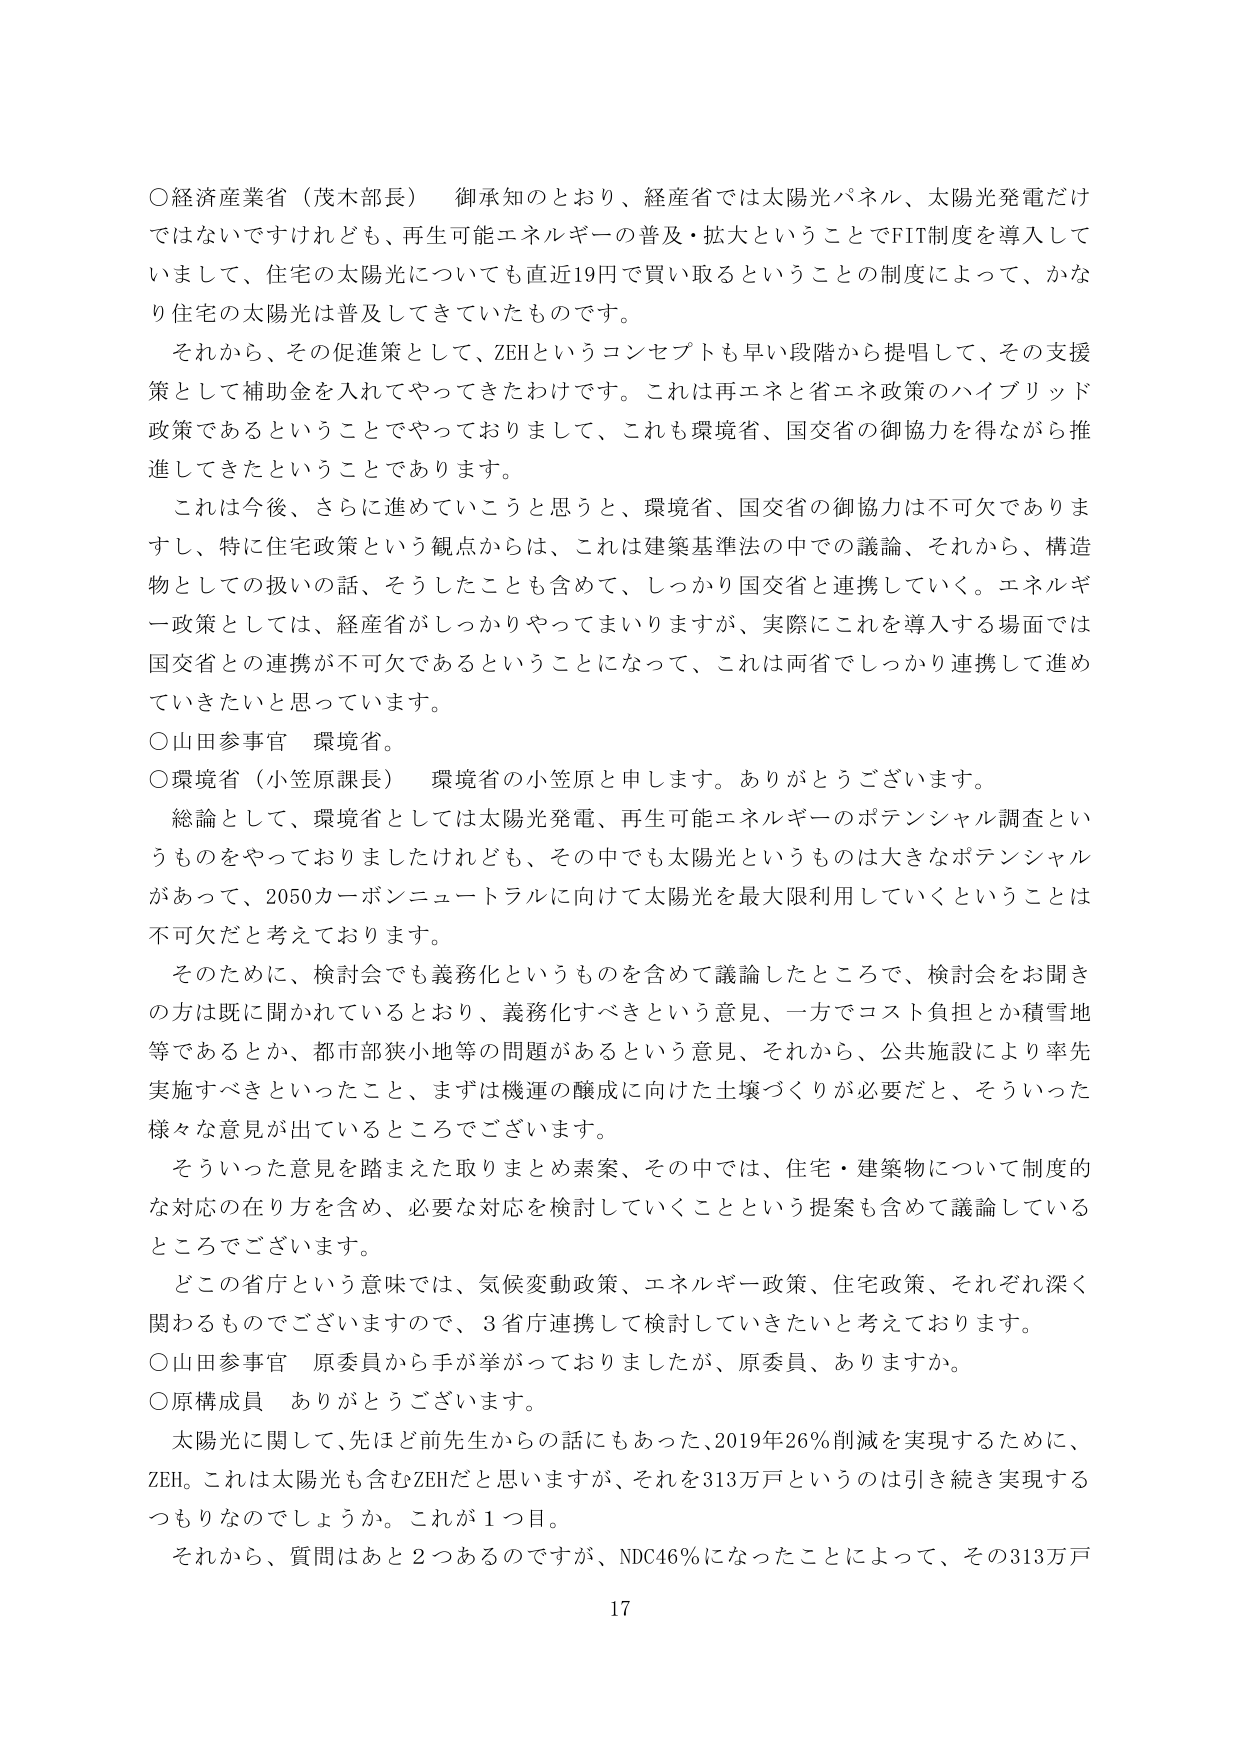
○経済産業省（茂木部長） 御承知のとおり、経産省では太陽光パネル、太陽光発電だけではないですけれども、再生可能エネルギーの普及・拡大ということでFIT制度を導入していまして、住宅の太陽光についても直近19円で買い取るということの制度によって、かなり住宅の太陽光は普及してきていたものです。

それから、その促進策として、ZEHというコンセプトも早い段階から提唱して、その支援策として補助金を入れてやってきたわけです。これは再エネと省エネ政策のハイブリッド政策であるということでやっておりまして、これも環境省、国交省の御協力を得ながら推進してきたということであります。

これは今後、さらに進めていこうと思うと、環境省、国交省の御協力は不可欠でありますし、特に住宅政策という観点からは、これは建築基準法の中での議論、それから、構造物としての扱いの話、そうしたことも含めて、しっかり国交省と連携していく。エネルギー政策としては、経産省がしっかりやってまいりますが、実際にこれを導入する場面では国交省との連携が不可欠であるということになって、これは両省でしっかり連携して進めていきたいと思っています。

○山田参事官 環境省。

○環境省（小笠原課長） 環境省の小笠原と申します。ありがとうございます。

総論として、環境省としては太陽光発電、再生可能エネルギーのポテンシャル調査というものをやっておりましたけれども、その中でも太陽光というものは大きなポテンシャルがあって、2050カーボンニュートラルに向けて太陽光を最大限利用していくということは不可欠だと考えております。

そのためには、検討会でも義務化というものを含めて議論したところで、検討会をお聞きの方は既に聞かれているとおり、義務化すべきという意見、一方でコスト負担とか積雪地等であるとか、都市部狭小地等の問題があるという意見、それから、公共施設により率先実施すべきといったこと、まずは機運の醸成に向けた土壌づくりが必要だと、そういった様々な意見が出ているところでございます。

そういった意見を踏まえた取りまとめ素案、その中では、住宅・建築物について制度的な対応の在り方を含め、必要な対応を検討していくことという提案も含めて議論しているところでございます。

どこの省庁という意味では、気候変動政策、エネルギー政策、住宅政策、それぞれ深く関わるものでございますので、3省庁連携して検討していきたいと考えております。

○山田参事官 原委員から手が挙がっておりましたが、原委員、ありますか。

○原構成員 ありがとうございます。

太陽光に関して、先ほど前先生からの話にもあった、2019年26％削減を実現するために、ZEH。これは太陽光も含むZEHだと思いますが、それを313万戸というのは引き続き実現するつもりなのでしょうか。これが1つ目。

それから、質問はあと2つあるのですが、NDC46％になったことによって、その313万戸

17